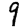
Digit: 9